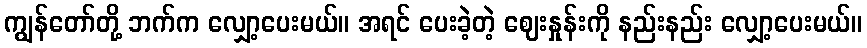
ကျွန်တော်တို့ ဘက်က လျှော့ပေးမယ်။ အရင် ပေးခဲ့တဲ့ ဈေးနှုန်းကို နည်းနည်း လျှော့ပေးမယ်။